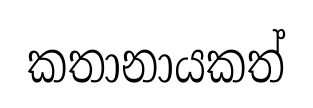
කතානායකත්